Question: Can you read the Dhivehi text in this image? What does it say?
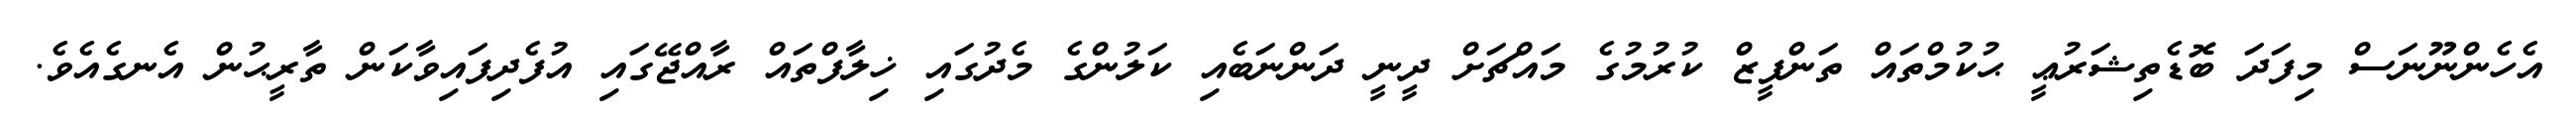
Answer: އެހެންނޫނަސް މިފަދަ ބޮޑެތިޝަރުޢީ ޙުކުމްތައް ތަންފީޒް ކުރުމުގެ މައްޗަށް ދީނީ ދަންނަބެއި ކަލުންގެ މެދުގައި ޚިލާފްތައް ރާއްޖޭގައި އުފެދިފައިވާކަން ތާރީޙުން އެނގެއެވެ.